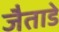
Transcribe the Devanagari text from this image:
जैताडे